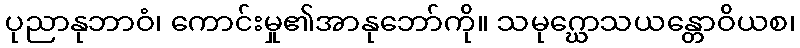
ပုညာနုဘာဝံ၊ ကောင်းမှု၏အာနုဘော်ကို။ သမုဂ္ဃောသယန္တောဝိယစ၊